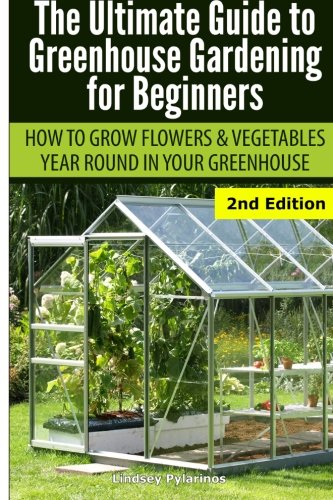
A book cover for Ultimate Guide To Greenhouse Gardening for Beginners: How to Grow Flowers and Vegetables Year-Round In Your Greenhouse; Lindsey Pylarinos; Crafts, Hobbies & Home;